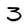
Character: 3